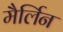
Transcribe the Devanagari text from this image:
मैर्लिन